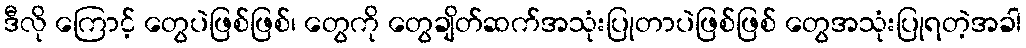
ဒီလို ကြောင့် တွေပဲဖြစ်ဖြစ်၊ တွေကို တွေချိတ်ဆက်အသုံးပြုတာပဲဖြစ်ဖြစ် တွေအသုံးပြုရတဲ့အခါ